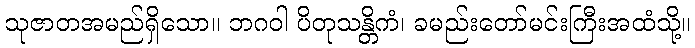
သုဇာတအမည်ရှိသော။ ဘဂဝါ ပိတုသန္တိကံ၊ ခမည်းတော်မင်းကြီးအထံသို့။